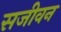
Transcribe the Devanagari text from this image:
सजीवन